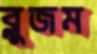
ব্লুজম